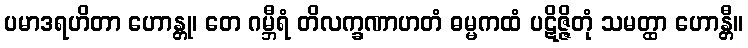
ပမာဒရဟိတာ ဟောန္တု၊ တေ ဂမ္ဘီရံ တိလက္ခဏာဟတံ ဓမ္မကထံ ပဋိဇ္ဇိတုံ သမတ္ထာ ဟောန္တီ။